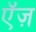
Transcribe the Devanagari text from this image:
ऍज़